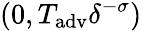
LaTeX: (0,T_{\mathrm{adv}}\delta^{-\sigma})